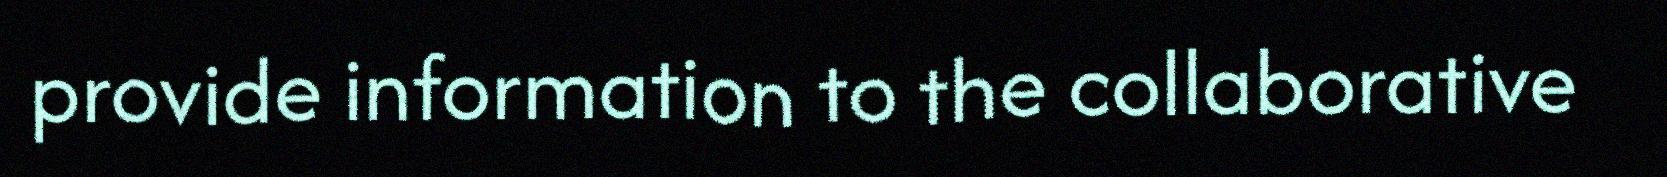
provide information to the collaborative